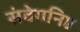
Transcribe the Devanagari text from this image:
संवेगनिष्ठ